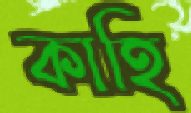
কাহি